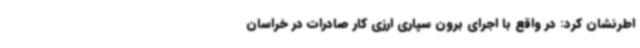
اطرنشان کرد: در واقع با اجرای برون سپاری ارزی کار صادرات در خراسان